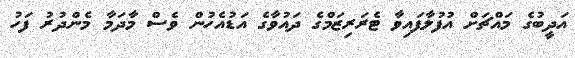
އަދީބުގެ މައްޗަށް އުފުލާފައިވާ ޓެރަރިޒަމްގެ ދައުވާގެ އަޑުއެހުން ވެސް މާދަމާ މެންދުރު ފަހު